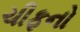
ચીફનો